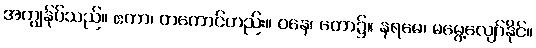
အကျွန်ုပ်သည်။ ဧကာ၊ တကောင်တည်း။ ဝနေ၊ တော၌။ နရမေ၊ မမွေ့လျော်နိုင်။